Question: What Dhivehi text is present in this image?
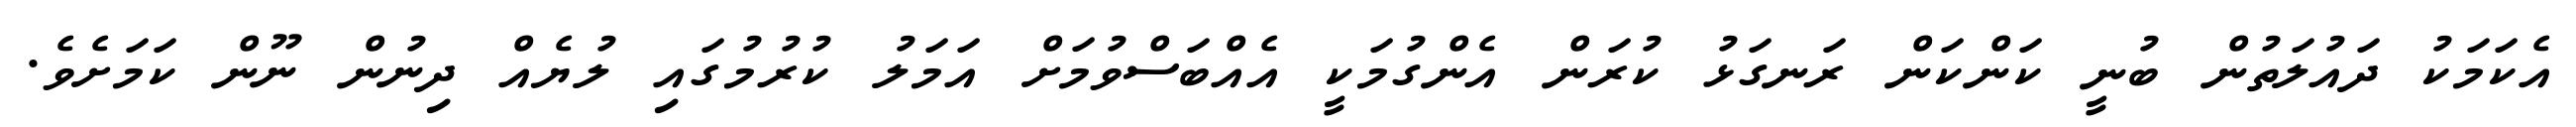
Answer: އެކަމަކު ދައުލަތުން ބުނީ ކަންކަން ރަނގަޅު ކުރަން އެންގުމަކީ އެއްބަސްވުމަށް އަމަލު ކުރުމުގައި ލުޔެއް ދިނުން ނޫން ކަމަށެވެ.